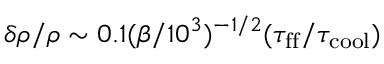
\delta \rho / \rho \sim 0 . 1 ( \beta / 1 0 ^ { 3 } ) ^ { - 1 / 2 } ( \tau _ { \mathrm { f f } } / \tau _ { \mathrm { c o o l } } )